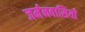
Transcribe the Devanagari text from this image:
जर्मनवासियाँ